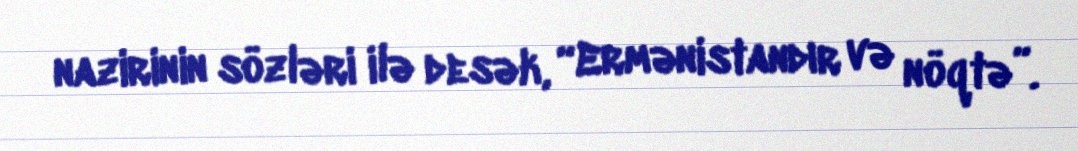
nazirinin sözləri ilə desək, “Ermənistandır və nöqtə”.